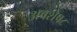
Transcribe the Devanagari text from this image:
अवशेष८